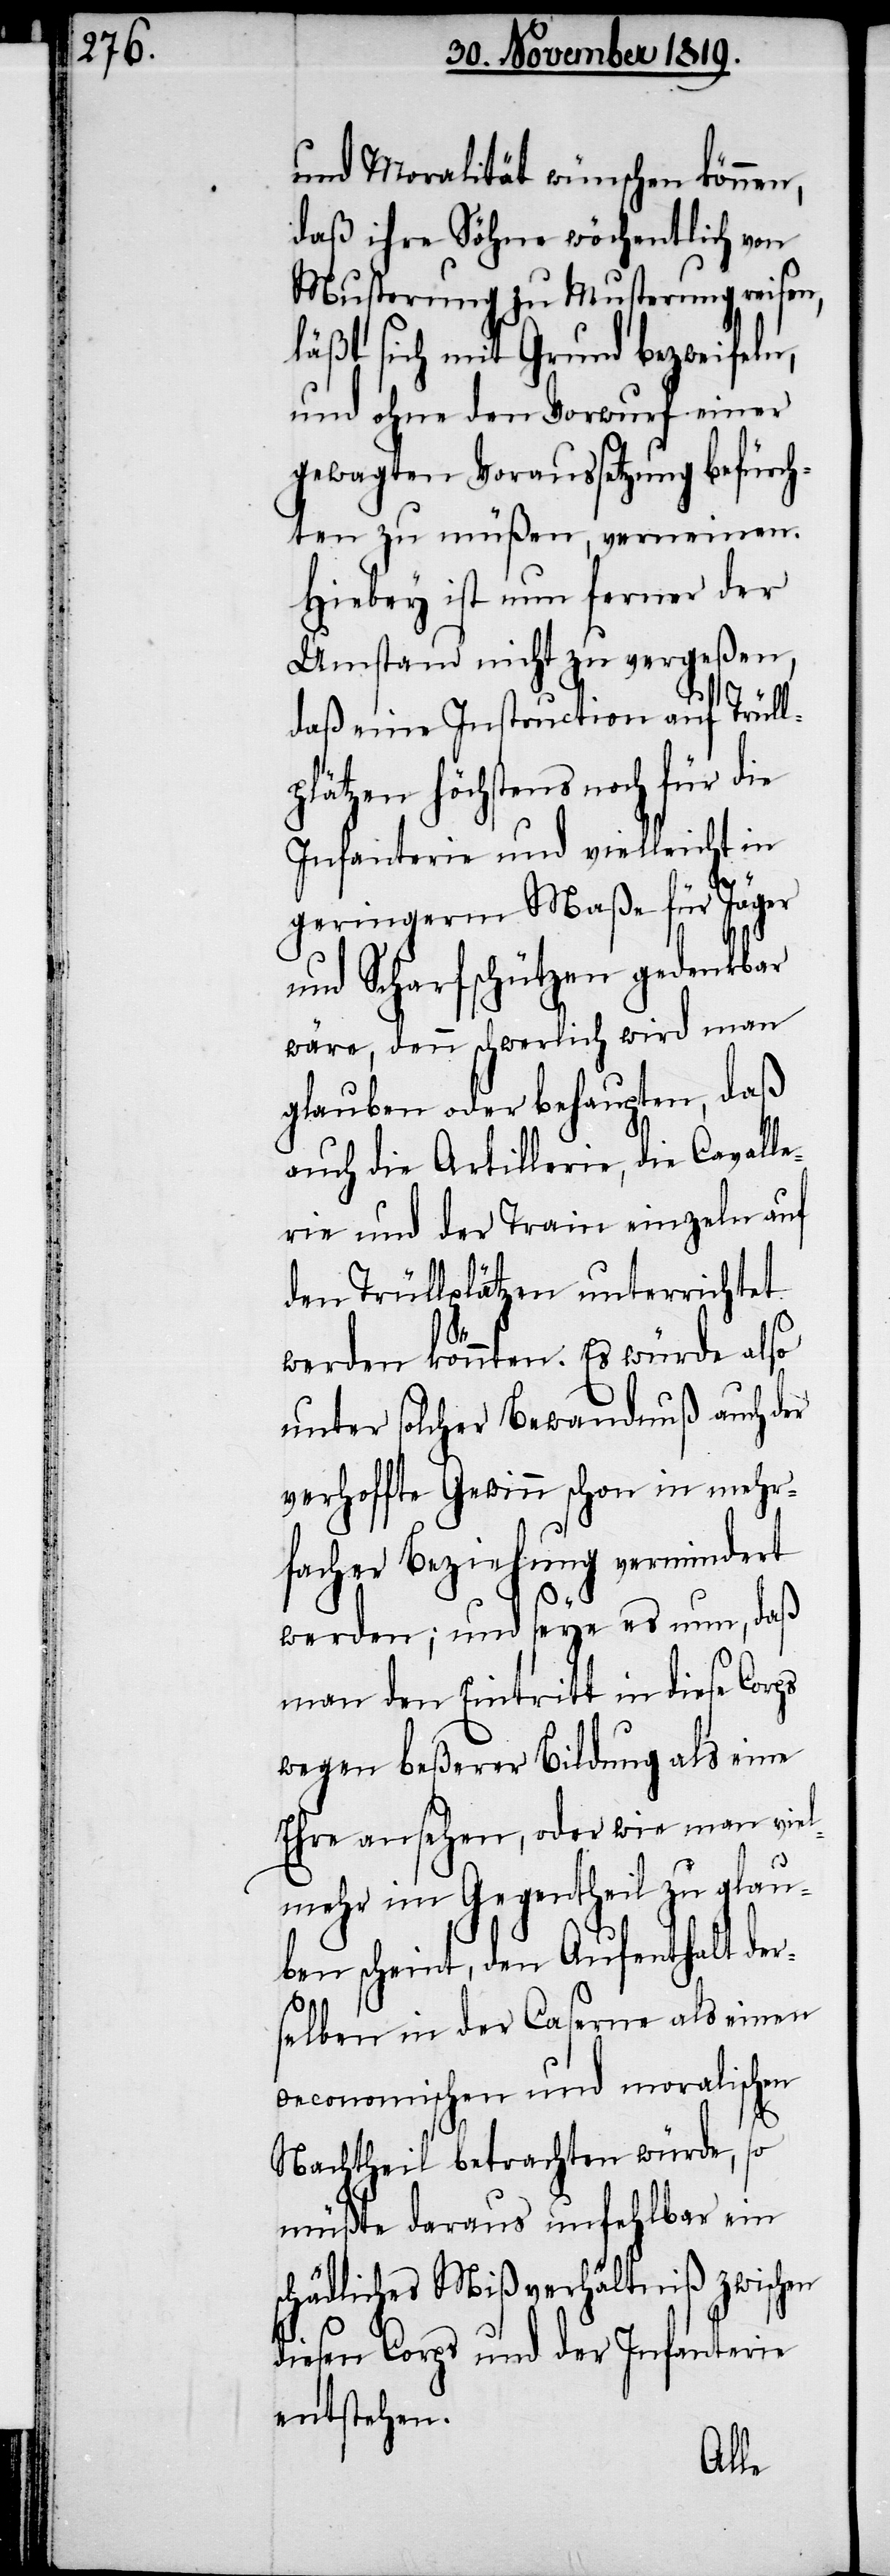
und Moralität wünschen können,
daß ihre Söhne wöchentlich von
Musterung zu Musterung reisen,
läßt sich mit Grund bezweifeln,
und ohne den Vorwurf einer
gewagten Voraussetzung befürch¬
ten zu müßen, verneinen.
Hiebey ist nun ferner der
Umstand nicht zu vergeßen,
daß eine Instruction auf Trüll¬
plätzen höchstens noch für
Infanterie und vielleicht in
geringerm Maße für Jäger
und Scharfschützen gedenkbar
wäre, denn schwerlich wird man
glauben oder behaupten, daß
auch die Artillerie, die Cavall¬
erie und der Train einzeln auf
den Trüllpätzen unterrichtet
die
werden könnten. Es würde also
unter solcher Bewandnuß auch der
verhoffte Gewinn schon in mehr¬
facher Beziehung vermindert
werden; und seye es nun, daß
man den Eintritt in diese Corps
wegen beßerer Bildung als eine
Ehre ansehen, oder wie man viel¬
mehr im Gegentheil zu glau¬
ben scheint, den Aufenthalt der¬
selben in der Caserne als einen
oeconomischen und moralischen
Nachtheil betrachten würde, so
müßte daraus unfehlbar ein
schädliches Mißverhältniß zwischen
diesen Corps und der Infanterie
entstehen.